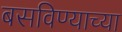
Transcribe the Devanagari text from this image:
बसविण्याच्या